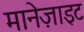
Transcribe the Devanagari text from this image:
मानेज़ाइट